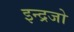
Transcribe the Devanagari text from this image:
इन्द्रजो